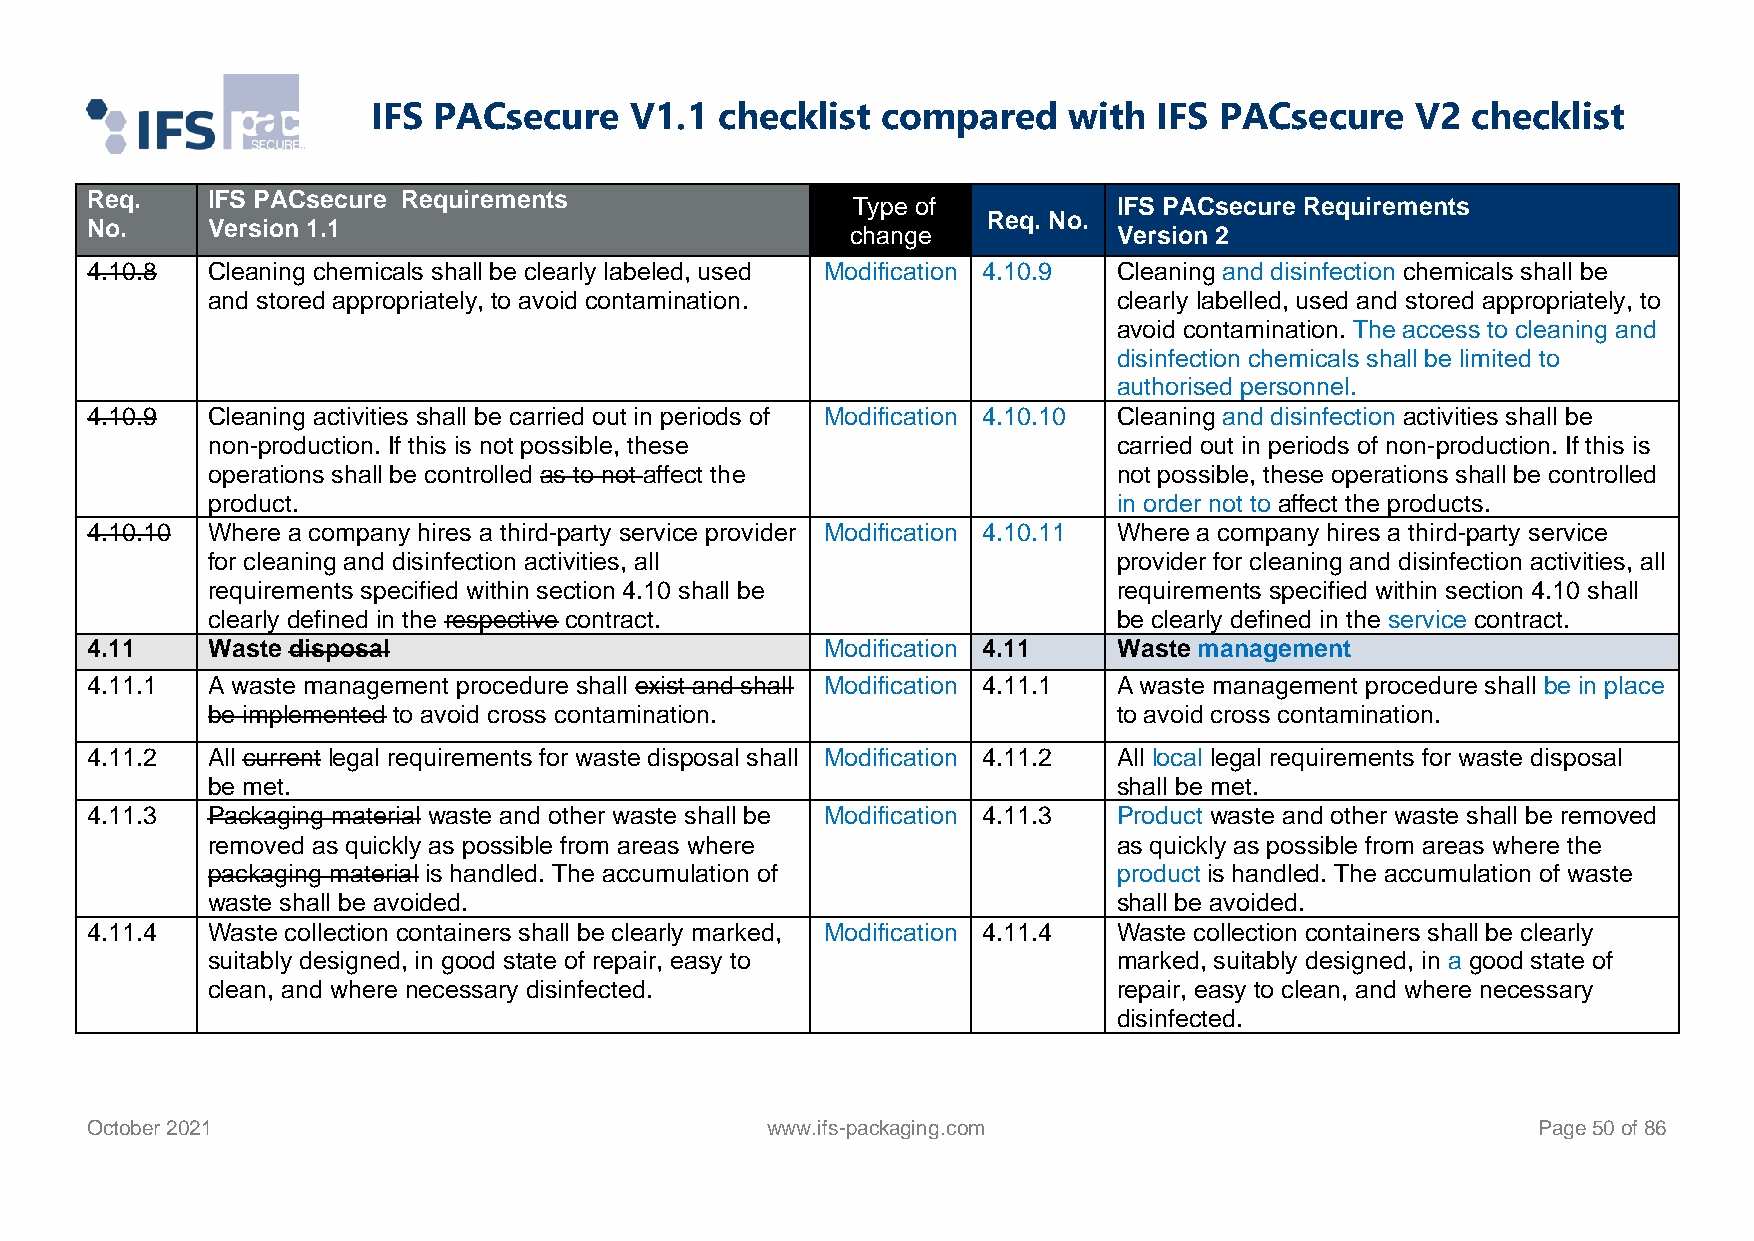
IFS PACsecure    V1.1  checklist compared     with  IFS PACsecure    V2 checklist
 Req.    IFS PACsecure Requirements
 Type of           IFS PACsecure Requirements
 Req. No.
 No.     Version 1.1                               change            Version 2
 4.10.8  Cleaning chemicals shall be clearly labeled, used Modification 4.10.9 Cleaning and disinfection chemicals shall be
 and stored appropriately, to avoid contamination.           clearly labelled, used and stored appropriately, to
 avoid contamination. The access to cleaning and
 disinfection chemicals shall be limited to
 authorised personnel.
 4.10.9  Cleaning activities shall be carried out in periods of Modification 4.10.10 Cleaning and disinfection activities shall be
 non-production. If this is not possible, these              carried out in periods of non-production. If this is
 operations shall be controlled as to not affect the         not possible, these operations shall be controlled
 product.                                                    in order not to affect the products.
 4.10.10 Where a company hires a third-party service provider Modification 4.10.11 Where a company hires a third-party service
 for cleaning and disinfection activities, all               provider for cleaning and disinfection activities, all
 requirements specified within section 4.10 shall be         requirements specified within section 4.10 shall
 clearly defined in the respective contract.                 be clearly defined in the service contract.
 4.11    Waste disposal                           Modification 4.11  Waste management
 4.11.1  A waste management procedure shall exist and shall Modification 4.11.1 A waste management procedure shall be in place
 be implemented to avoid cross contamination.                to avoid cross contamination.
 4.11.2  All current legal requirements for waste disposal shall Modification 4.11.2 All local legal requirements for waste disposal
 be met.                                                     shall be met.
 4.11.3  Packaging material waste and other waste shall be Modification 4.11.3 Product waste and other waste shall be removed
 removed as quickly as possible from areas where             as quickly as possible from areas where the
 packaging material is handled. The accumulation of          product is handled. The accumulation of waste
 waste shall be avoided.                                     shall be avoided.
 4.11.4  Waste collection containers shall be clearly marked, Modification 4.11.4 Waste collection containers shall be clearly
 suitably designed, in good state of repair, easy to         marked, suitably designed, in a good state of
 clean, and where necessary disinfected.                     repair, easy to clean, and where necessary
 disinfected.
 October 2021                                 www.ifs-packaging.com                              Page 50 of 86